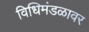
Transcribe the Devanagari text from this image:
विधिमंडळावर